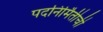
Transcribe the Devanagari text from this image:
पदनिर्मितीची